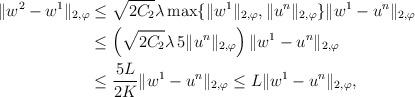
LaTeX: \begin{align*}\|w^{2}-w^{1}\|_{2,\varphi} &\le \sqrt{2 C_{2}} \lambda \max \{ \|w^{1}\|_{2,\varphi}, \|u^{n}\|_{2,\varphi} \} \|w^{1}-u^{n}\|_{2,\varphi} \\&\le \left(\sqrt{2 C_{2}} \lambda \, 5 \|u^{n}\|_{2,\varphi} \right) \|w^{1}-u^{n}\|_{2,\varphi} \\&\le \frac{5 L}{2 K} \|w^{1}-u^{n}\|_{2,\varphi} \le L \|w^{1}-u^{n}\|_{2,\varphi},\end{align*}